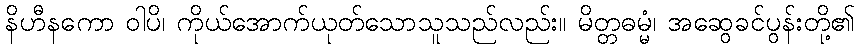
နိဟီနကော ဝါပိ၊ ကိုယ်အောက်ယုတ်သောသူသည်လည်း။ မိတ္တဓမ္မံ၊ အဆွေခင်ပွန်းတို့၏